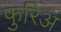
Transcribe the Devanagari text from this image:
फुरिअ